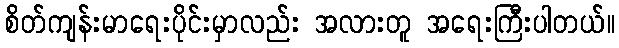
စိတ်ကျန်းမာရေးပိုင်းမှာလည်း အလားတူ အရေးကြီးပါတယ်။